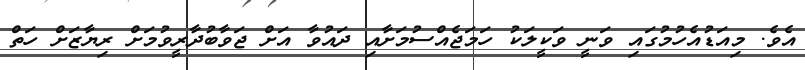
އެވެ. މިއަޑުއެހުމުގައި ވަނީ ވަކީލަކު ހަމަޖެއްސުމަށާއި ދައުވާ އަށް ޖަވާބުދާރީވުމަށް ރިޔާޒަށް ހަތް